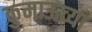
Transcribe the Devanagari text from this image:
कुमाऊच्या